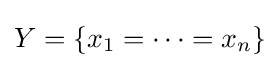
Y=\{x_{1}=\cdots =x_{n}\}